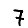
Digit: 7